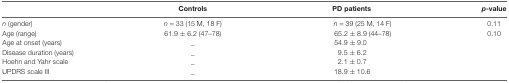
|  | Controls | PD patients | p-value |
 | --- | --- | --- | --- |
 | n (gender) | n = 33 (15 M, 18 F) | n = 39 (25 M, 14 F) | 0.11 |
 | Age (range) | 61.9 ± 6.2 (47–78) | 65.2 ± 8.9 (44–78) | 0.10 |
 | Age at onset (years) | _ | 54.9 ± 9.0 |  |
 | Disease duration (years) | _ | 9.5 ± 6.2 |  |
 | Hoehn and Yahr scale | _ | 2.1 ± 0.7 |  |
 | UPDRS scale III | _ | 18.9 ± 10.6 |  |